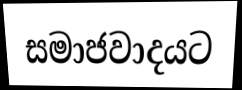
සමාජවාදයට